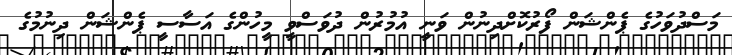
މަސްދުވަހުގެ ޕެންޝަން ފޯރުކޮށްދިނުން ވަނީ އުމުރުން ދުވަސްވީ މީހުންގެ އަސާސީ ޕެންޝަން ދިނުމުގެ